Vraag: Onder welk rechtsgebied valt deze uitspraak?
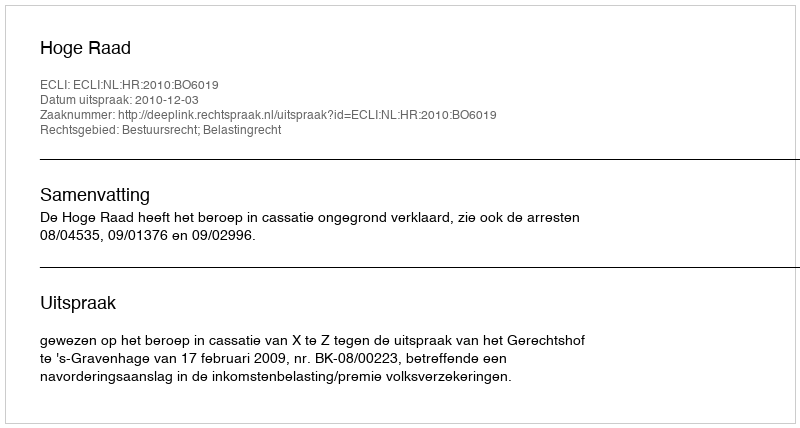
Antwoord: Bestuursrecht; Belastingrecht